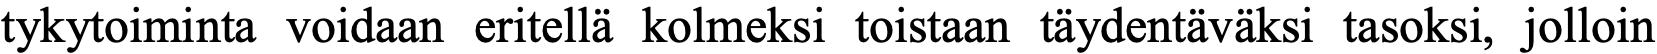
tykytoiminta voidaan eritellä kolmeksi toistaan täydentäväksi tasoksi, jolloin